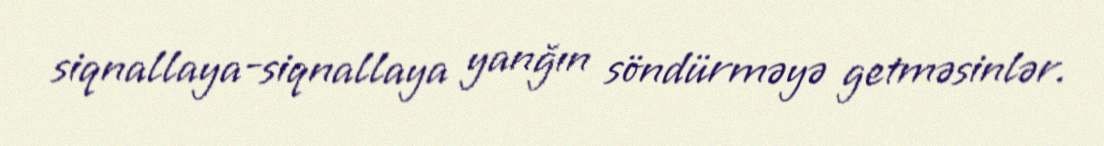
siqnallaya-siqnallaya yanğın söndürməyə getməsinlər.